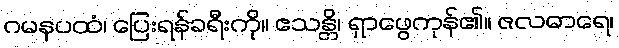
ဂမနပထံ၊ ပြေးရန်ခရီးကို။ ဧသန္တိ၊ ရှာဖွေကုန်၏။ ဇလဓာရေ၊